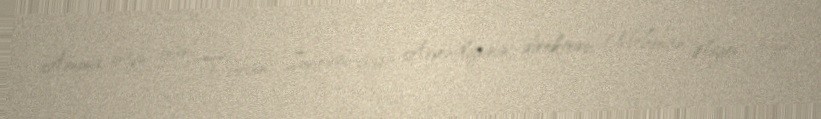
Amma ötən gün “Turan” İnformasiya Agentliyinin direktoru Mehman Əliyev bizə